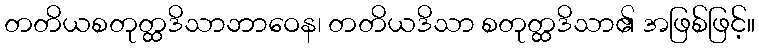
တတိယစတုတ္ထဒိသာဘာဝေန၊ တတိယဒိသာ စတုတ္ထဒိသာ၏ အဖြစ်ဖြင့်။